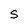
Character: S